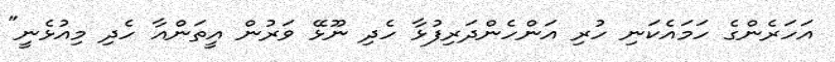
އަހަރެންގެ ހަމައެކަނި ހުރި އަންހެންދަރިފުޅާ ހެދި ނޫޅޭ ވަރުން އީތަންއާ ހެދި މިއުޅެނީ"